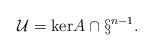
\begin{align*}\mathcal{U} = \mathrm{ker} A \cap \S^{n-1}. \end{align*}